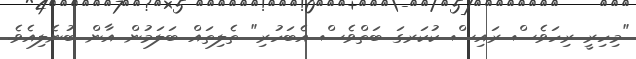
"މިހިރީ ރިހަވެސް ރައިސް ކުކަރގަ ބަތްވެސް އެބަހުރި" ތެލިތައް ބަލަމުން އާން ބުނެލިއެވެ.